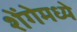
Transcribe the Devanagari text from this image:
शेंगेमध्ये